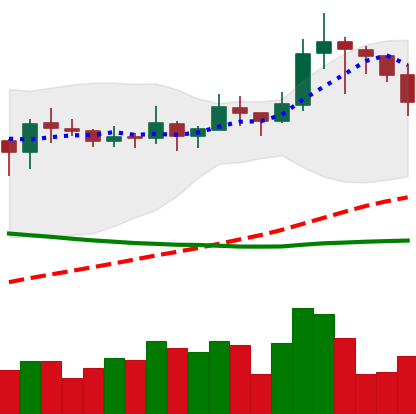
Ticker: LINK-USD
Chart end date: 2019-11-18
Forward return: -13.415%
Label: down_7plus